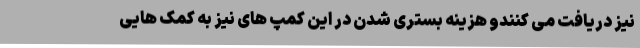
نیز دریافت می کنندو هزینه بستری شدن در این کمپ های نیز به کمک هایی